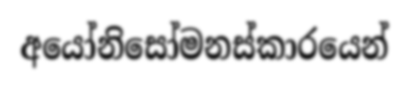
අයෝනිසෝමනස්කාරයෙන්